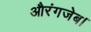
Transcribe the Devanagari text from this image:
औरंगजेब।